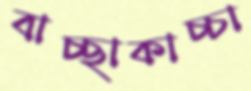
বাচ্ছাকাচ্চা